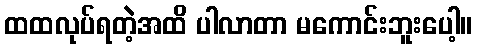
ထထလုပ်ရတဲ့အထိ ပါလာတာ မကောင်းဘူးပေါ့။